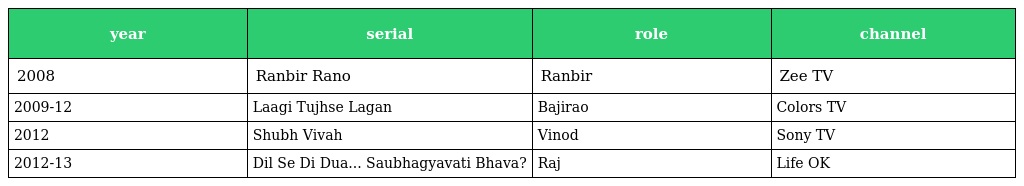
| year | serial | role | channel |
 | --- | --- | --- | --- |
 | 2008 | Ranbir Rano | Ranbir | Zee TV |
 | 2009-12 | Laagi Tujhse Lagan | Bajirao | Colors TV |
 | 2012 | Shubh Vivah | Vinod | Sony TV |
 | 2012-13 | Dil Se Di Dua... Saubhagyavati Bhava? | Raj | Life OK |